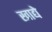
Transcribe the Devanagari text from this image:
खाद्ये